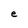
Character: e